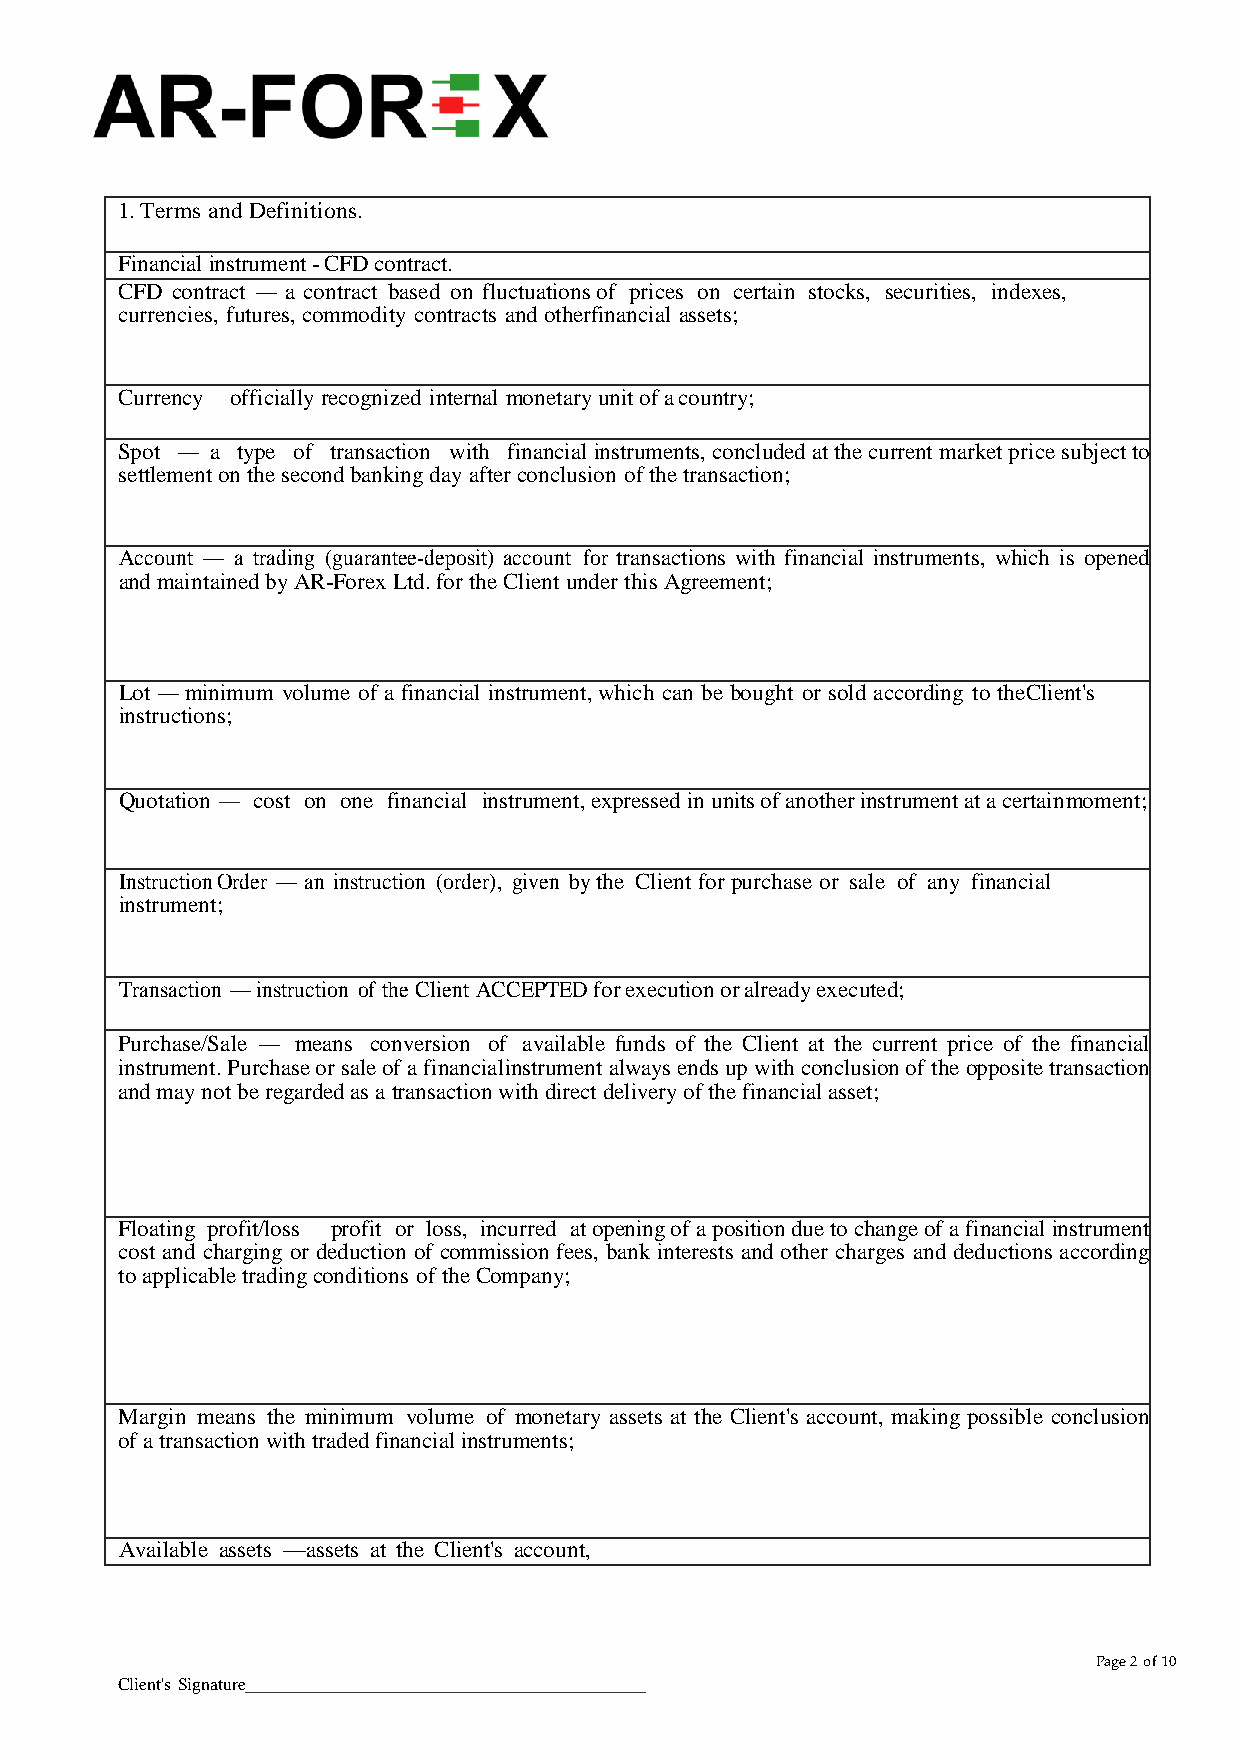
1. Terms and Definitions.
 Financial instrument - CFD contract.
 CFD contract — a contract based on fluctuations of prices on certain stocks, securities, indexes,
 currencies, futures, commodity contracts and other financial assets;
 Currency officially recognized internal monetary unit of a country;
 Spot — a type of transaction with financial instruments, concluded at the current market price subject to
 settlement on the second banking day after conclusion of the transaction;
 Account — a trading (guarantee-deposit) account for transactions with financial instruments, which is opened
 and maintained by AR-Forex Ltd. for the Client under this Agreement;
 Lot — minimum volume of a financial instrument, which can be bought or sold according to the Client's
 instructions;
 Quotation — cost on one financial instrument, expressed in units of another instrument at a certain moment;
 Instruction Order — an instruction (order), given by the Client for purchase or sale of any financial
 instrument;
 Transaction — instruction of the Client ACCEPTED for execution or already executed;
 Purchase/Sale — means conversion of available funds of the Client at the current price of the financial
 instrument. Purchase or sale of a financial instrument always ends up with conclusion of the opposite transaction
 and may not be regarded as a transaction with direct delivery of the financial asset;
 Floating profit/loss profit or loss, incurred at opening of a position due to change of a financial instrument
 cost and charging or deduction of commission fees, bank interests and other charges and deductions according
 to applicable trading conditions of the Company;
 Margin means the minimum volume of monetary assets at the Client's account, making possible conclusion
 of a transaction with traded financial instruments;
 Available assets —assets at the Client's account,
 Page 2 of 10
 Client's Signature